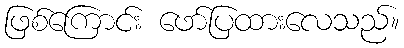
ဖြစ်ကြောင်း ဖော်ပြထားလေသည်။